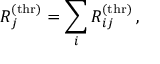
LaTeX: R _ { j } ^ { \mathrm { ( t h r ) } } = \sum _ { i } R _ { i j } ^ { \mathrm { ( t h r ) } } \, ,